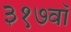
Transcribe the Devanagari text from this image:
३१७वॉ